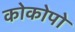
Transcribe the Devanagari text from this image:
कोकोपो